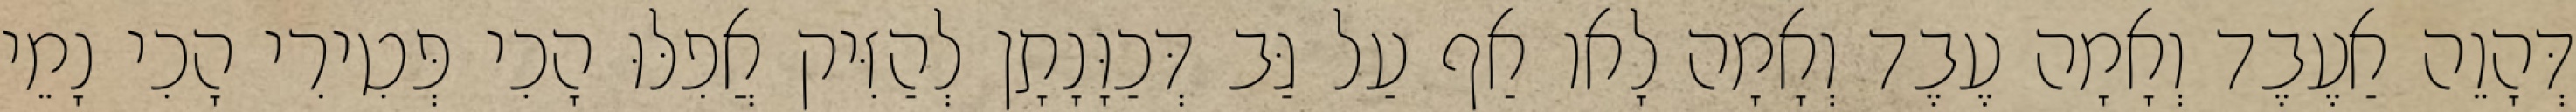
דְּהָוֵה אַעֶבֶד וְאָמָה עֶבֶד וְאָמָה לָאו אַף עַל גַּב דְּכַוָּנָתָן לְהַזִּיק אֲפִלּוּ הָכִי פְּטִירִי הָכִי נָמֵי